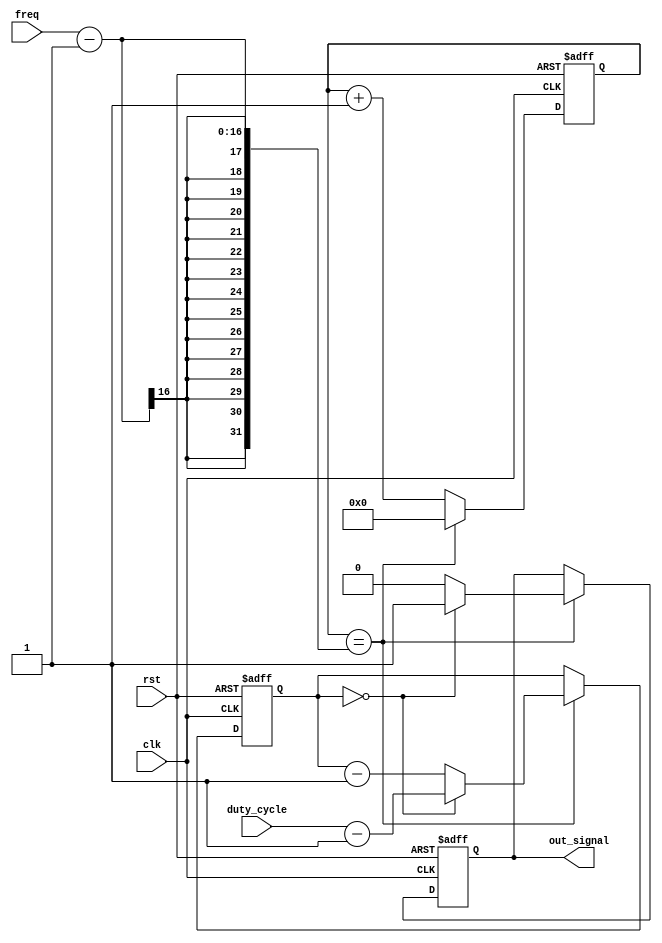
module PeriodicTimer(
    input wire clk,
    input wire rst,
    input wire [15:0] freq,
    input wire [7:0] duty_cycle,
    output reg out_signal
);

reg [15:0] count;
reg [7:0] duty_count;

always @(posedge clk or posedge rst) begin
    if(rst) begin
        count <= 16'h0000;
        duty_count <= 8'h00;
        out_signal <= 1'b0;
    end else begin
        if(count == freq-1) begin
            count <= 16'h0000;
            if(duty_count == 8'h00) begin
                duty_count <= duty_cycle-1;
                out_signal <= 1'b1;
            end else begin
                duty_count <= duty_count - 1;
                out_signal <= 1'b0;
            end
        end else begin
            count <= count + 1;
        end
    end
end

endmodule